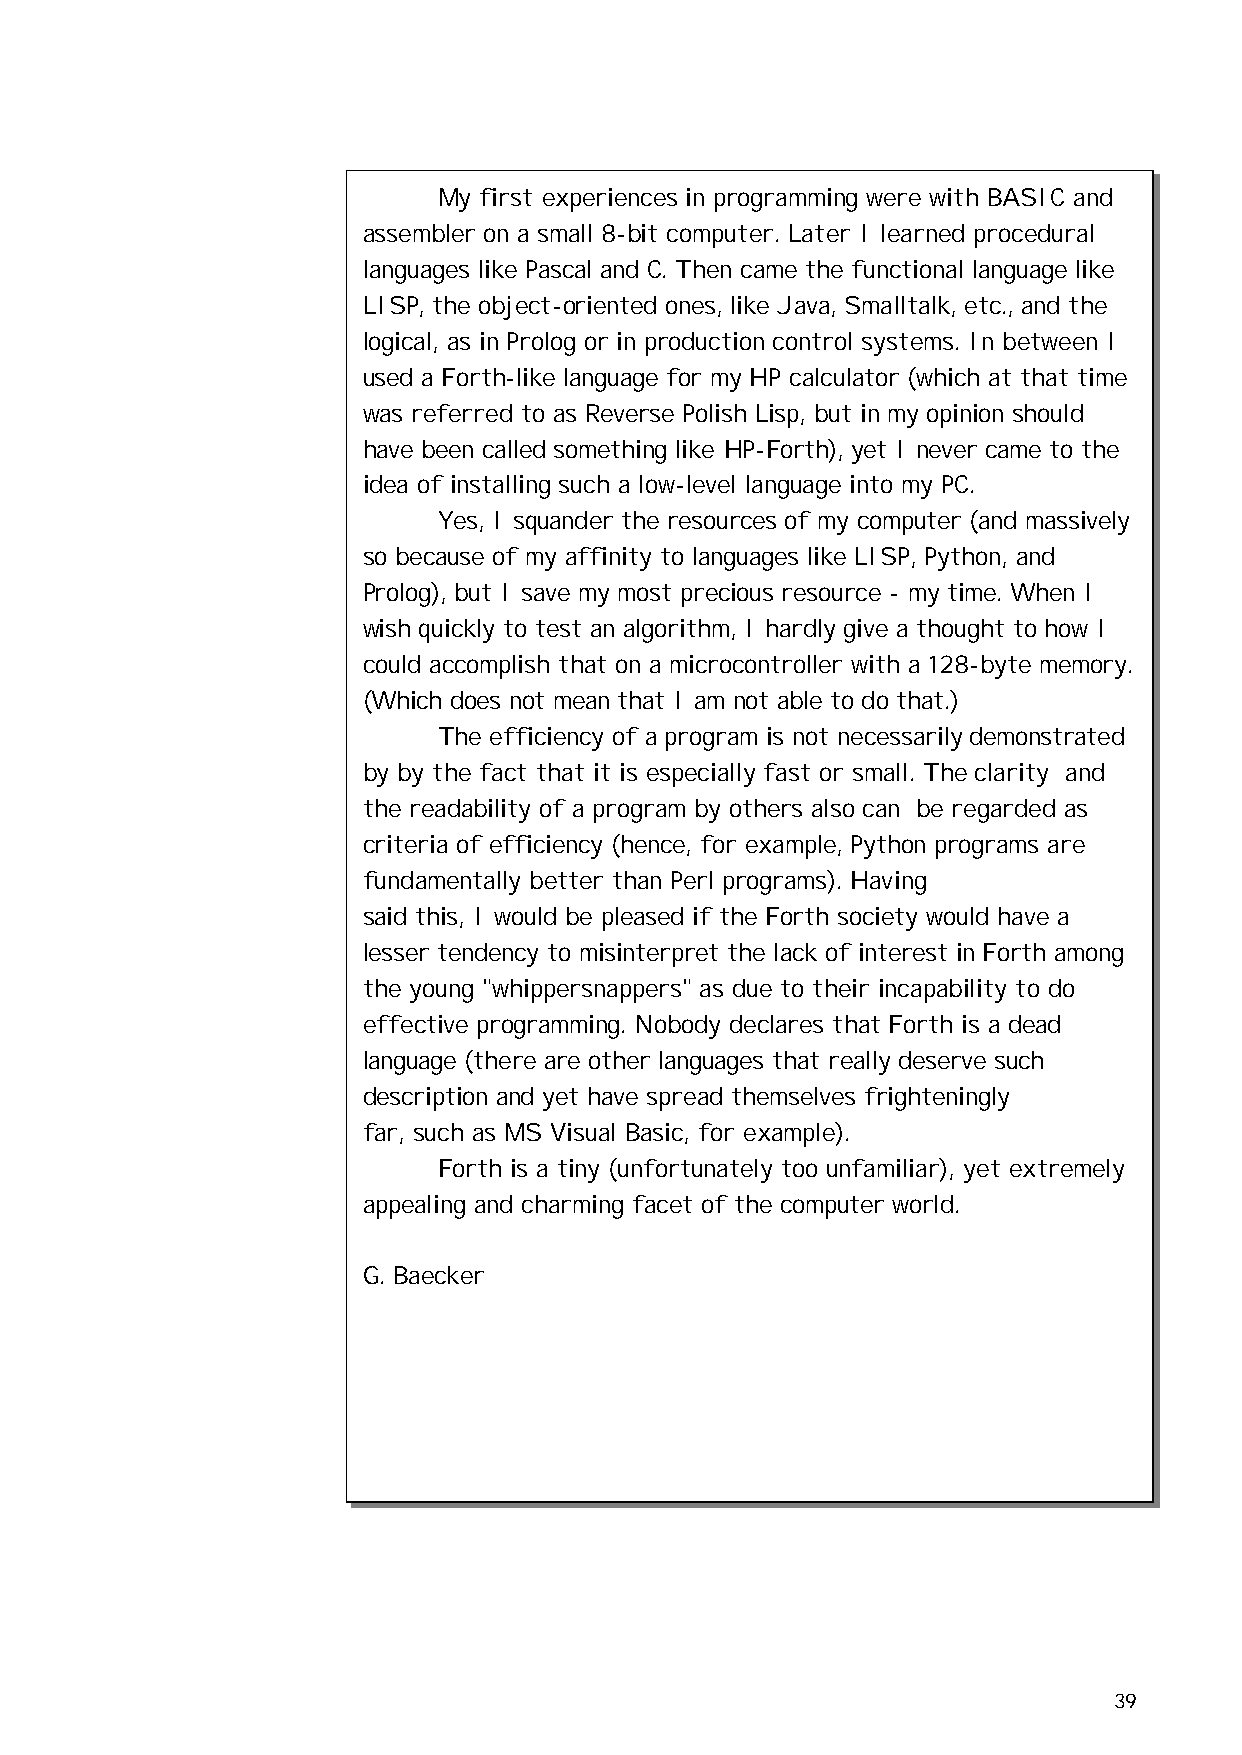
My first experiences in programming were with BASIC and
 assembler on a small 8-bit computer. Later I learned procedural
 languages like Pascal and C. Then came the functional language like
 LISP, the object-oriented ones, like Java, Smalltalk, etc., and the
 logical, as in Prolog or in production control systems. In between I
 used a Forth-like language for my HP calculator (which at that time
 was referred to as Reverse Polish Lisp, but in my opinion should
 have been called something like HP-Forth), yet I never came to the
 idea of installing such a low-level language into my PC.
 Yes, I squander the resources of my computer (and massively
 so because of my affinity to languages like LISP, Python, and
 Prolog), but I save my most precious resource - my time. When I
 wish quickly to test an algorithm, I hardly give a thought to how I
 could accomplish that on a microcontroller with a 128-byte memory.
 (Which does not mean that I am not able to do that.)
 The efficiency of a program is not necessarily demonstrated
 by by the fact that it is especially fast or small. The clarity and
 the readability of a program by others also can be regarded as
 criteria of efficiency (hence, for example, Python programs are
 fundamentally better than Perl programs). Having
 said this, I would be pleased if the Forth society would have a
 lesser tendency to misinterpret the lack of interest in Forth among
 the young "whippersnappers" as due to their incapability to do
 effective programming. Nobody declares that Forth is a dead
 language (there are other languages that really deserve such
 description and yet have spread themselves frighteningly
 far, such as MS Visual Basic, for example).
 Forth is a tiny (unfortunately too unfamiliar), yet extremely
 appealing and charming facet of the computer world.
 G. Baecker
 39